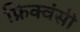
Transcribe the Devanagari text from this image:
फ्रिक्वंसी